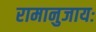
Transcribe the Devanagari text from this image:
रामानुजायः